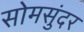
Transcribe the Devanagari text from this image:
सोमसुंदर